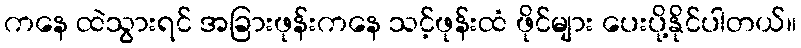
ကနေ ထဲသွားရင် အခြားဖုန်းကနေ သင့်ဖုန်းထံ ဖိုင်များ ပေးပို့နိုင်ပါတယ်။